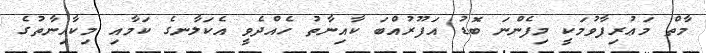
މާތް މަޢުރިފާވުމަކީ މިފެންނަ ބޮޑު އަފޫރުއްބަ ކާއިނާތު ހެއްދެވީ އެކަލާނގެ ކަމާއި މިކާއިނާތުގެ